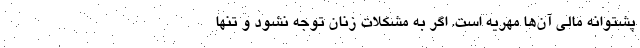
پشتوانه مالی آن‌ها مهریه است. اگر به مشکلات زنان توجه نشود و تنها